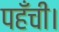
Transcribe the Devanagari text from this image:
पहँची।